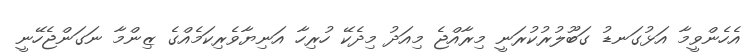
އެހެންވީމާ އަޅުގަނޑު ގަބޫލުރުކުރަނީ މިރާއްޖެ މިއަދު މިދެކޭ ހުރިހާ އަނިޔާވެރިކަމެއްގެ ޒިންމާ ނަގަންޖެހޭނީ